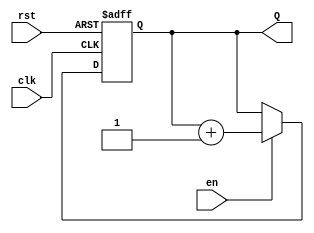
module synchronous_counter #(
    parameter N = 8 // Number of bits in the counter (e.g., for a range of 0 to 255)
)(
    input wire clk,      // Clock input
    input wire rst,      // Reset input (active high)
    input wire en,       // Enable input (active high)
    output reg [N-1:0] Q // Count output
);

    // Always block to implement synchronous counting
    always @(posedge clk or posedge rst) begin
        if (rst) begin
            Q <= 0; // If reset is high, reset count to 0
        end else if (en) begin
            Q <= Q + 1; // Increment count on the rising edge of the clock if enabled
        end
    end

endmodule